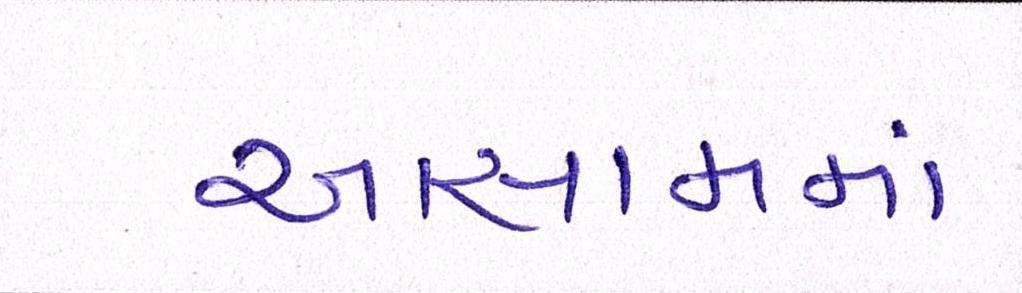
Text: આસામમાં